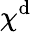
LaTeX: \chi^{\mathrm{d}}